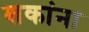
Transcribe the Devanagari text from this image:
शकांना